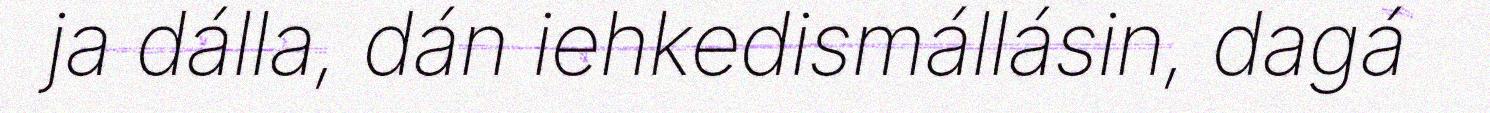
ja dálla, dán iehkedismállásin, dagá